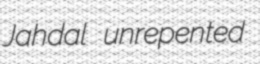
Jahdal unrepented